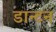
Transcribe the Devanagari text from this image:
डान्टन